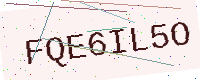
Text: FQE6IL5O